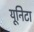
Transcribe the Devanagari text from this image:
यूनिटा